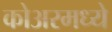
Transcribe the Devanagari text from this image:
कोअरमध्ये